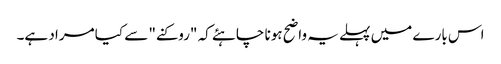
اس بارے میں پہلے یہ واضح ہونا چاہئے کہ "روکنے" سے کیا مراد ہے۔